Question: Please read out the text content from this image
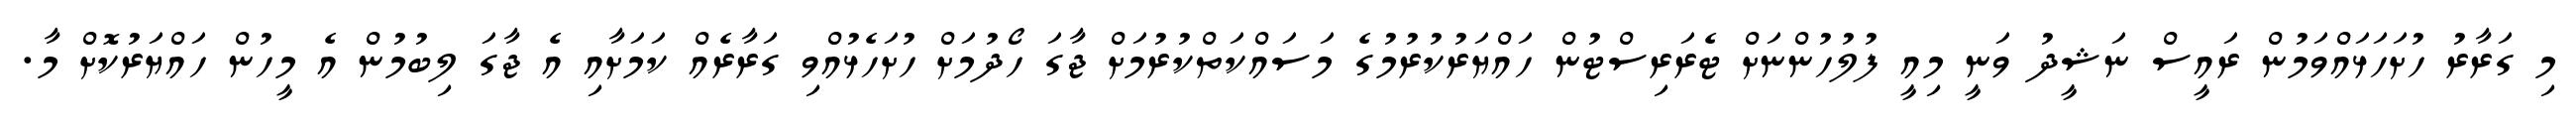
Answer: މި ގަރާރު ހުށަހަޅައްވަމުން ރައީސް ނަޝީދު ވަނީ މިއީ ފުލުހުންނަށް ޓެރަރިސްޓުން ހައްޔަރުކުރުމުގެ މަސައްކަތްކުރުމަށް ޖާގަ ހޯދުމަށް ހުށަހެޅުއްވި ގަރާރެއް ކަމަށާއި އެ ޖާގަ ލިބުމުން އެ މީހުން ހައްޔަރުކޮށް މާ.